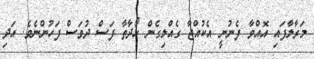
މަރާލާފައި އޮއްވާ ފެނުނީ އެކުއްޖާ ގެއްލިގެން ހޯދާތާ ފަސް ދުވަސް ފަހުންނެވެ. އަދި